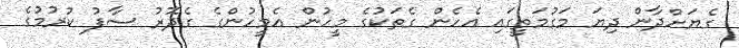
ގެޔަށްދާން ދިޔަ މަގުމަތީގައި އެހެން ގެތަކުގެ މީހުން އެމީހުންގެ ގެދޮރު ސާފު ކުރުމުގެ